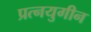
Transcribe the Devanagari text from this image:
प्रत्नयुगीन